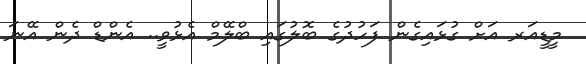
މީޑީއަރ އަށް ގުޅައިގެން ފަހުދުގެ ބޮލުގައި ބްލޭމް އެޅުވީ.. އެންޑް ދެން އޭނަ